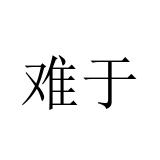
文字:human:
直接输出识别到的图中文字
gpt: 难于